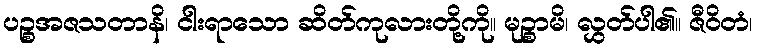
ပဉ္စအဇသတာနိ၊ ငါးရာသော ဆိတ်ကုလားတို့ကို။ မုဉ္စာမိ၊ လွှတ်ပါ၏။ ဇီဝိတံ၊